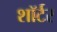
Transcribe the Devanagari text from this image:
शॉर्टर